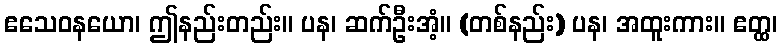
ဧသေဝနယော၊ ဤနည်းတည်း။ ပန၊ ဆက်ဦးအံ့။ (တစ်နည်း) ပန၊ အထူးကား။ ဧတ္ထ၊